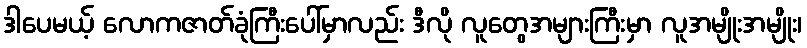
ဒါပေမယ့် လောကဇာတ်ခုံကြီးပေါ်မှာလည်း ဒီလို လူတွေအများကြီးမှာ လူအမျိုးအမျိုး၊